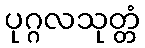
ပုဂ္ဂလသုတ္တံ